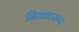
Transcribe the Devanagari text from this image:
निकटरूप